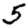
Digit: 5